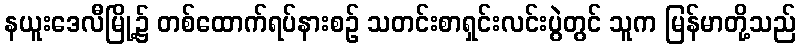
နယူးဒေလီမြို့၌ တစ်ထောက်ရပ်နားစဉ် သတင်းစာရှင်းလင်းပွဲတွင် သူက မြန်မာတို့သည်